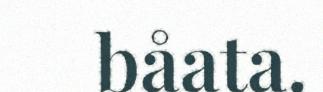
båata.